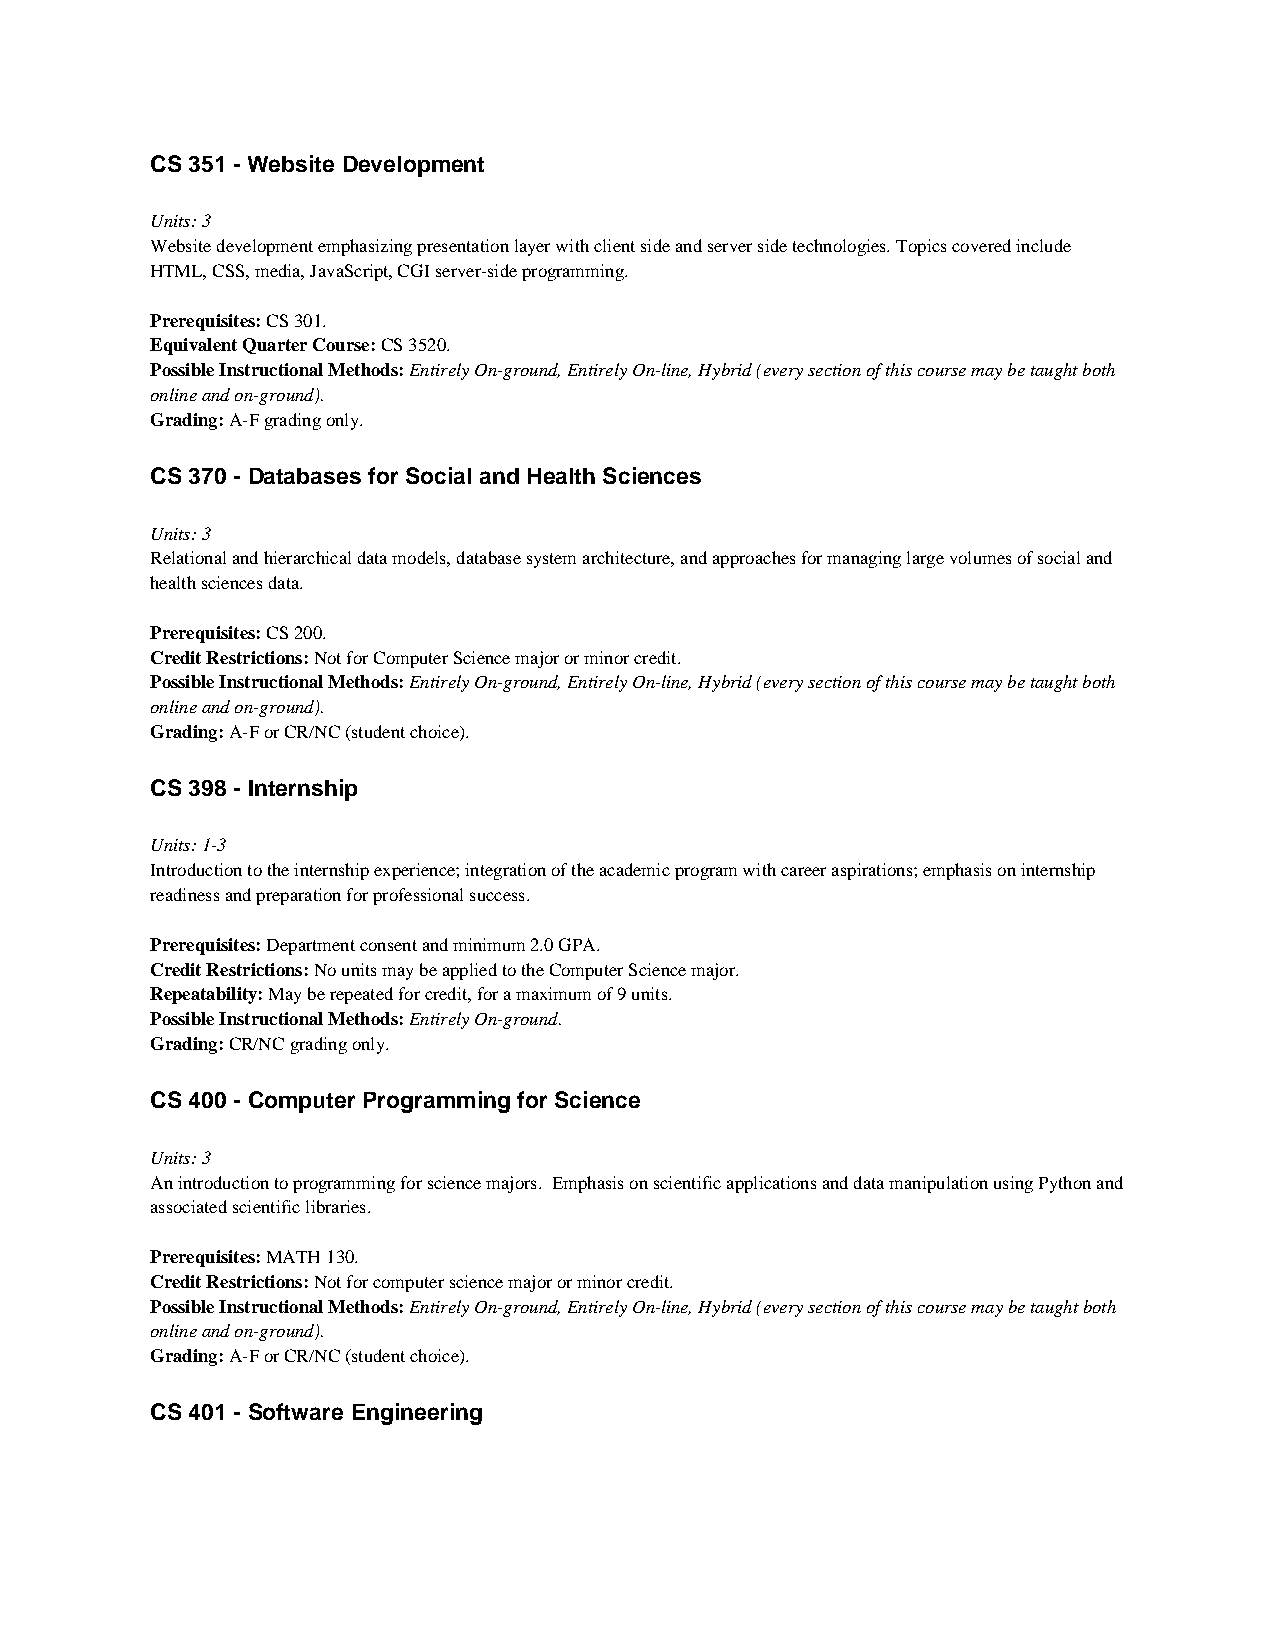
CS 351 - Website Development
 Units: 3
 Website development emphasizing presentation layer with client side and server side technologies. Topics covered include
 HTML, CSS, media, JavaScript, CGI server-side programming.
 Prerequisites: CS 301.
 Equivalent Quarter Course: CS 3520.
 Possible Instructional Methods: Entirely On-ground, Entirely On-line, Hybrid (every section of this course may be taught both
 online and on-ground).
 Grading: A-F grading only.
 CS 370 - Databases for Social and Health Sciences
 Units: 3
 Relational and hierarchical data models, database system architecture, and approaches for managing large volumes of social and
 health sciences data.
 Prerequisites: CS 200.
 Credit Restrictions: Not for Computer Science major or minor credit.
 Possible Instructional Methods: Entirely On-ground, Entirely On-line, Hybrid (every section of this course may be taught both
 online and on-ground).
 Grading: A-F or CR/NC (student choice).
 CS 398 - Internship
 Units: 1-3
 Introduction to the internship experience; integration of the academic program with career aspirations; emphasis on internship
 readiness and preparation for professional success.
 Prerequisites: Department consent and minimum 2.0 GPA.
 Credit Restrictions: No units may be applied to the Computer Science major.
 Repeatability: May be repeated for credit, for a maximum of 9 units.
 Possible Instructional Methods: Entirely On-ground.
 Grading: CR/NC grading only.
 CS 400 - Computer Programming for Science
 Units: 3
 An introduction to programming for science majors. Emphasis on scientific applications and data manipulation using Python and
 associated scientific libraries.
 Prerequisites: MATH 130.
 Credit Restrictions: Not for computer science major or minor credit.
 Possible Instructional Methods: Entirely On-ground, Entirely On-line, Hybrid (every section of this course may be taught both
 online and on-ground).
 Grading: A-F or CR/NC (student choice).
 CS 401 - Software Engineering